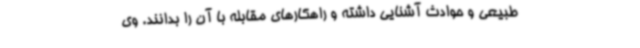
طبیعی و حوادث آشنایی داشته و راهکارهای مقابله با آن را بدانند. وی